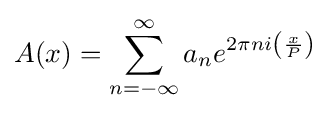
A(x)=\sum _{n=-\infty }^{\infty }a_{n}e^{2\pi ni\left({\frac {x}{P}}\right)}